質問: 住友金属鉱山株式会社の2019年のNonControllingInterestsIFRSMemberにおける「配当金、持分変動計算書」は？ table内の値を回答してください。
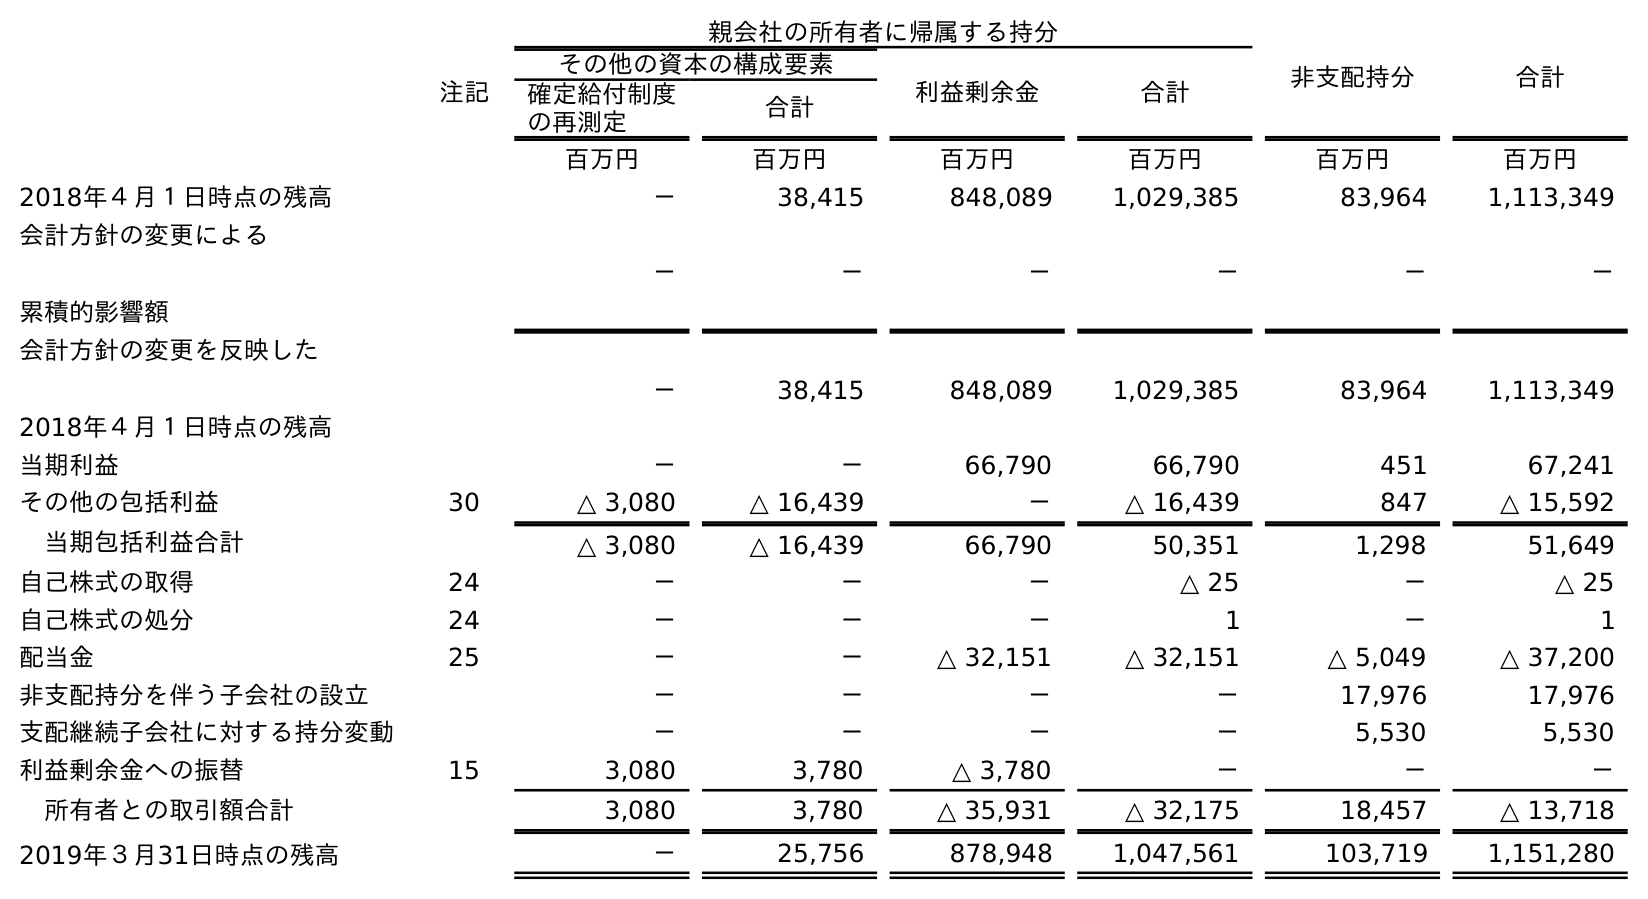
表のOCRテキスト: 親会社の所有者に帰属する持分 非支配持分 合計 注記 その他の資本の構成要素 利益剰余金 合計 確定給付制度 の再測定 合計 百万円 百万円 百万円 百万円 百万円 百万円 2018年４月１日時点の残高 － 38,415 848,089 1,029,385 83,964 1,113,349 会計方針の変更による 累積的影響額 － － － － － － 会計方針の変更を反映した 2018年４月１日時点の残高 － 38,415 848,089 1,029,385 83,964 1,113,349 当期利益 － － 66,790 66,790 451 67,241 その他の包括利益 30 △ 3,080 △ 16,439 － △ 16,439 847 △ 15,592 当期包括利益合計 △ 3,080 △ 16,439 66,790 50,351 1,298 51,649 自己株式の取得 24 － － － △ 25 － △ 25 自己株式の処分 24 － － － 1 － 1 配当金 25 － － △ 32,151 △ 32,151 △ 5,049 △ 37,200 非支配持分を伴う子会社の設立 － － － － 17,976 17,976 支配継続子会社に対する持分変動 － － － － 5,530 5,530 利益剰余金への振替 15 3,080 3,780 △ 3,780 － － － 所有者との取引額合計 3,080 3,780 △ 35,931 △ 32,175 18,457 △ 13,718 2019年３月31日時点の残高 － 25,756 878,948 1,047,561 103,719 1,151,280
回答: △5,049